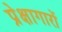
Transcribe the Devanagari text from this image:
प्रेक्षागारों